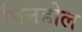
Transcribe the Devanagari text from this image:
पिनहोल